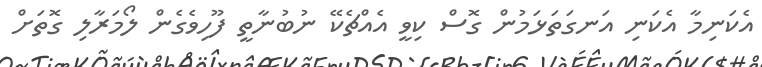
އެކަނިމާ އެކަނި އަނގަތަޅަމުން ގޮސް ކިވީ އެއްޗެކޭ ނުބުނާތީ ފޫހިވެގެން ލޯމަރާލި ގޮތަށް